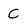
Character: C